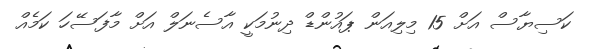
ކަސިޔާސް އަށް 15 މިލިއަން ޕައުންޑް ދިނުމަކީ އާސެނަލް އަށް މާފަސޭހަ ކަމެއް